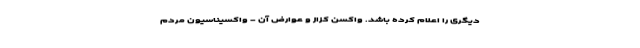
دیگری را اعلام کرده باشد. واکسن کزاز و عوارض آن - واکسیناسیون مردم